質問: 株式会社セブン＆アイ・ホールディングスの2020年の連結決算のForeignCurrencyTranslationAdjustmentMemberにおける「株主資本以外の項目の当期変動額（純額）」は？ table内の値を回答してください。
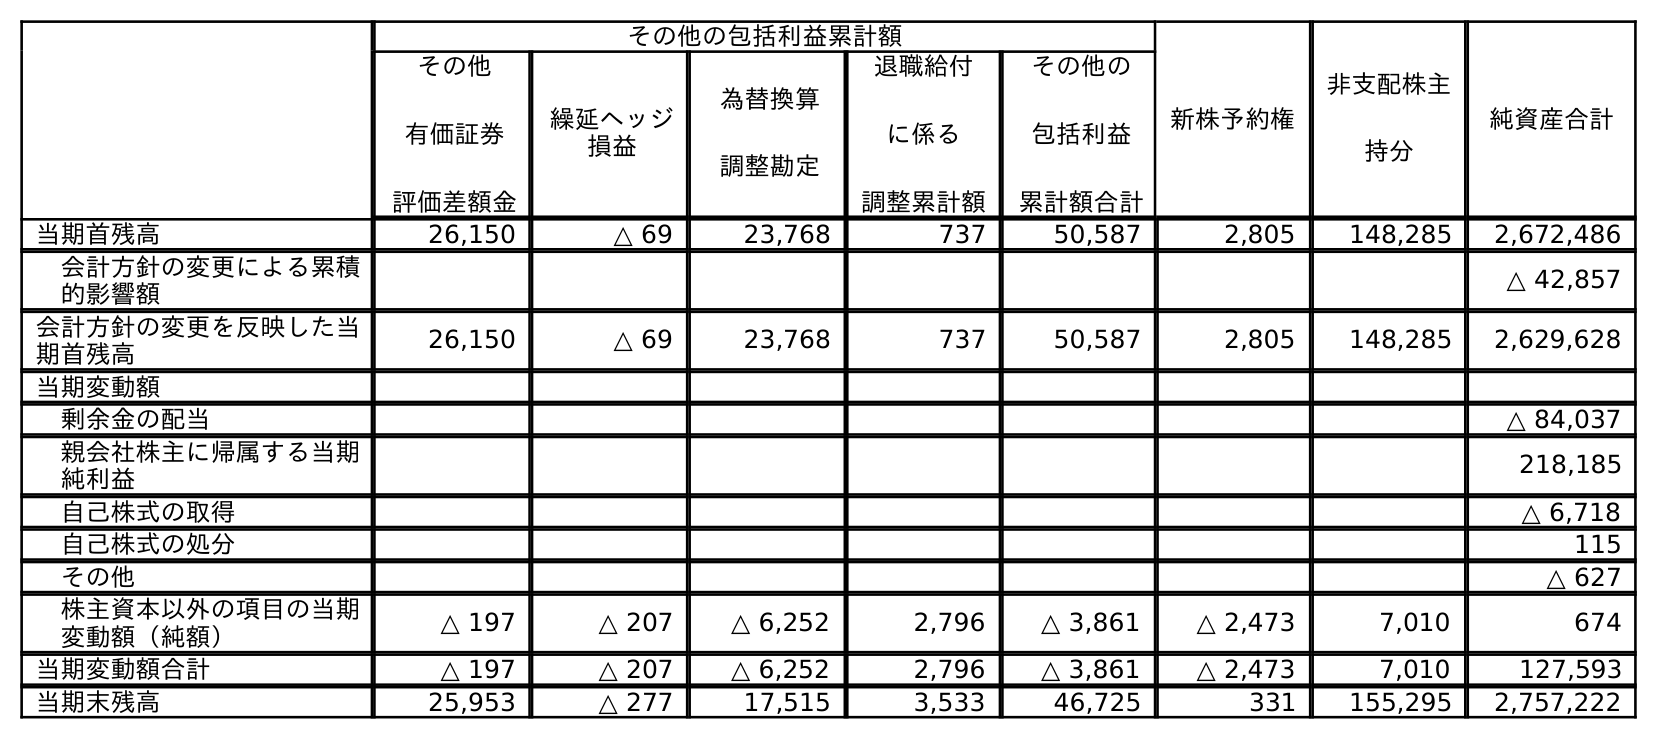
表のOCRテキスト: その他の包括利益累計額 新株予約権 非支配株主 持分 純資産合計 その他 有価証券 評価差額金 繰延ヘッジ 損益 為替換算 調整勘定 退職給付 に係る 調整累計額 その他の 包括利益 累計額合計 当期首残高 26,150 △ 69 23,768 737 50,587 2,805 148,285 2,672,486 会計方針の変更による累積 的影響額 △ 42,857 会計方針の変更を反映した当 期首残高 26,150 △ 69 23,768 737 50,587 2,805 148,285 2,629,628 当期変動額 剰余金の配当 △ 84,037 親会社株主に帰属する当期 純利益 218,185 自己株式の取得 △ 6,718 自己株式の処分 115 その他 △ 627 株主資本以外の項目の当期 変動額（純額） △ 197 △ 207 △ 6,252 2,796 △ 3,861 △ 2,473 7,010 674 当期変動額合計 △ 197 △ 207 △ 6,252 2,796 △ 3,861 △ 2,473 7,010 127,593 当期末残高 25,953 △ 277 17,515 3,533 46,725 331 155,295 2,757,222
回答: △6,252